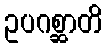
ဥပဂစ္ဆာတိ